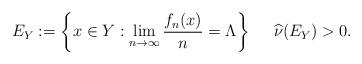
LaTeX: \begin{align*}E_Y:=\left\{x \in Y: \lim_{n\to\infty} \frac{f_n(x)}{n} = \Lambda \right\} \ \ \ \ \widehat{\nu} (E_Y) > 0 .\end{align*}